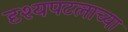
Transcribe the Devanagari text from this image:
दृश्यपटलाच्या